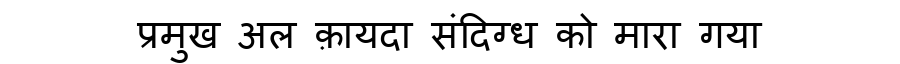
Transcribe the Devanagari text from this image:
प्रमुख अल क़ायदा संदिग्ध को मारा गया